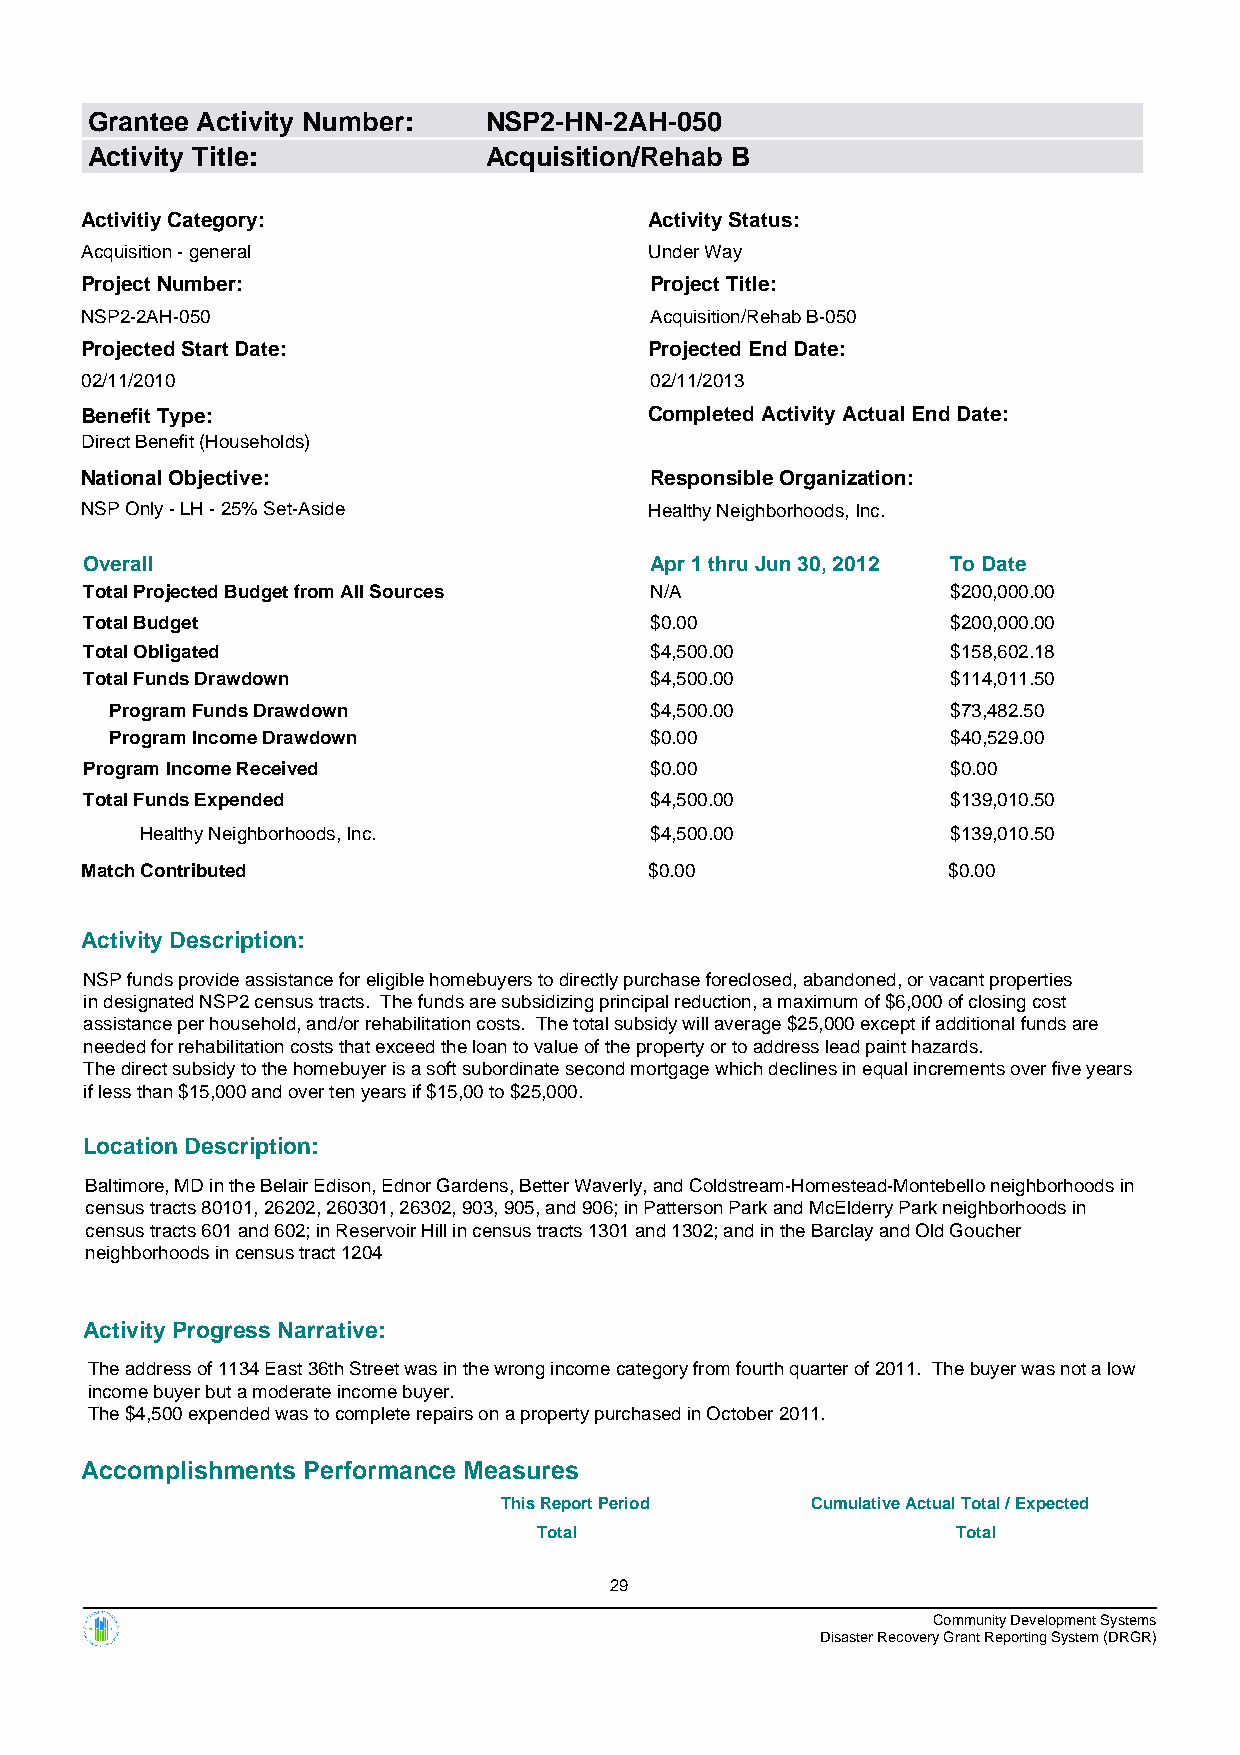
Grantee Activity Number:  NSP2-HN-2AH-050
 Activity Title:           Acquisition/Rehab B
 Activitiy Category:                   Activity Status:
 Acquisition - general                 Under Way
 Project Number:                       Project Title:
 NSP2-2AH-050                          Acquisition/Rehab B-050
 Projected Start Date:                 Projected End Date:
 02/11/2010                            02/11/2013
 Benefit Type:                         Completed Activity Actual End Date:
 Direct Benefit (Households)
 National Objective:                   Responsible Organization:
 NSP Only - LH - 25% Set-Aside         Healthy Neighborhoods, Inc.
 Overall                              Apr 1 thru Jun 30, 2012 To Date
 Total Projected Budget from All Sources N/A              $200,000.00
 Total Budget                         $0.00               $200,000.00
 Total Obligated                      $4,500.00           $158,602.18
 Total Funds Drawdown                 $4,500.00           $114,011.50
 Program Funds Drawdown              $4,500.00           $73,482.50
 Program Income Drawdown             $0.00               $40,529.00
 Program Income Received              $0.00               $0.00
 Total Funds Expended                 $4,500.00           $139,010.50
 Healthy Neighborhoods, Inc.       $4,500.00           $139,010.50
 Match Contributed                     $0.00               $0.00
 Activity Description:
 NSP funds provide assistance for eligible homebuyers to directly purchase foreclosed, abandoned, or vacant properties
 in designated NSP2 census tracts. The funds are subsidizing principal reduction, a maximum of $6,000 of closing cost
 assistance per household, and/or rehabilitation costs. The total subsidy will average $25,000 except if additional funds are
 needed for rehabilitation costs that exceed the loan to value of the property or to address lead paint hazards.
 The direct subsidy to the homebuyer is a soft subordinate second mortgage which declines in equal increments over five years
 if less than $15,000 and over ten years if $15,00 to $25,000.
 Location Description:
 Baltimore, MD in the Belair Edison, Ednor Gardens, Better Waverly, and Coldstream-Homestead-Montebello neighborhoods in
 census tracts 80101, 26202, 260301, 26302, 903, 905, and 906; in Patterson Park and McElderry Park neighborhoods in
 census tracts 601 and 602; in Reservoir Hill in census tracts 1301 and 1302; and in the Barclay and Old Goucher
 neighborhoods in census tract 1204
 Activity Progress Narrative:
 The address of 1134 East 36th Street was in the wrong income category from fourth quarter of 2011. The buyer was not a low
 income buyer but a moderate income buyer.
 The $4,500 expended was to complete repairs on a property purchased in October 2011.
 Accomplishments Performance Measures
 This Report Period   Cumulative Actual Total / Expected
 Total                      Total
 29
 Community Development Systems
 Disaster Recovery Grant Reporting System (DRGR)